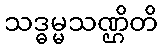
သဒ္ဓမ္မသဏ္ဌိတိ